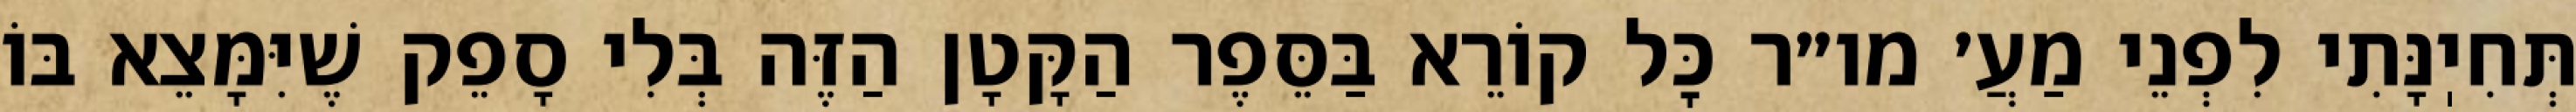
תְּחִיֽנָּתִי לִפְנֵי מַעֲ׳ מו״ר כׇּל קוֹרֵא בַּסֵּפֶר הַקָּטָן הַזֶּה בְּלִי סָפֵק שֶׁיִּמָּצֵא בּוֹ